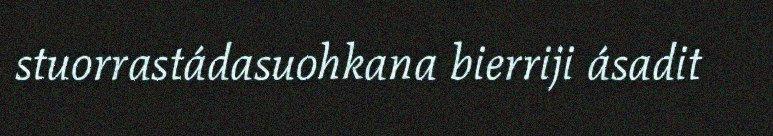
stuorrastádasuohkana bierriji ásadit